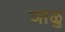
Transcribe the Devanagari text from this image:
जाळु